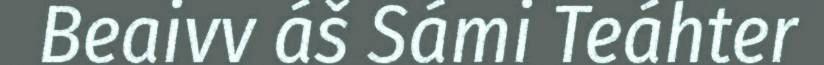
Beaivv áš Sámi Teáhter